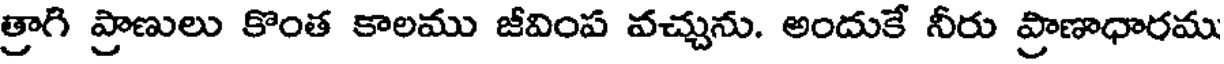
త్రాగి ప్రాణులు కొంత కాలము జీవింప వచ్చును. అందుకే నీరు ప్రాణాధారము